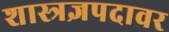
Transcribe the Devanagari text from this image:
शास्त्रज्ञपदावर